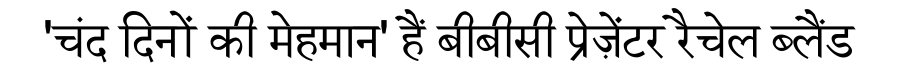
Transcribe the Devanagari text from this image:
'चंद दिनों की मेहमान' हैं बीबीसी प्रेज़ेंटर रैचेल ब्लैंड